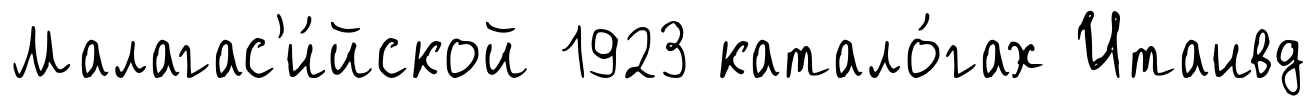
Малагас'и́йской 1923 катало́гах Итаивд